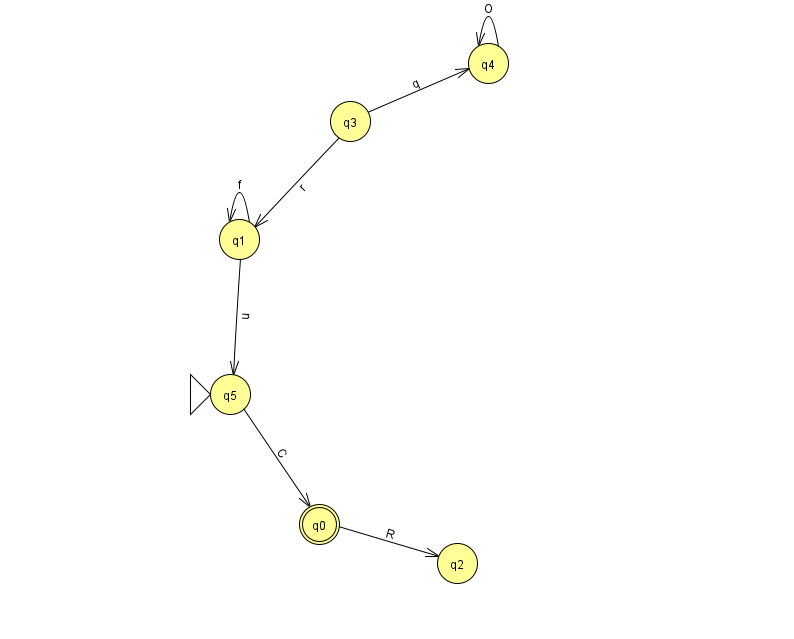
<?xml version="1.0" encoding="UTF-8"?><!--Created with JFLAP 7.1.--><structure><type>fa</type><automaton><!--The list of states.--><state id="0" name="q0"><x>319.0</x><y>511.0</y><final/></state><state id="1" name="q1"><x>239.0</x><y>226.0</y></state><state id="2" name="q2"><x>457.0</x><y>550.0</y></state><state id="3" name="q3"><x>350.0</x><y>108.0</y></state><state id="4" name="q4"><x>488.0</x><y>50.0</y></state><state id="5" name="q5"><x>230.0</x><y>381.0</y><initial/></state><!--The list of transitions.--><transition><from>3</from><to>4</to><read>q</read></transition><transition><from>0</from><to>2</to><read>R</read></transition><transition><from>1</from><to>1</to><read>f</read></transition><transition><from>3</from><to>1</to><read>r</read></transition><transition><from>5</from><to>0</to><read>C</read></transition><transition><from>1</from><to>5</to><read>u</read></transition><transition><from>4</from><to>4</to><read>O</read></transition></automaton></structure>